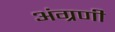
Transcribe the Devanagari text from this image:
अंग्रणी